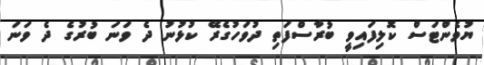
ޔުވެންޓަސް ކޮލިފައިވީ ބުރާސްފަތި ދުވަހުގެރޭ ކުޅުނު ދެ ވަނަ ބުރުގެ ދެ ވަނަ